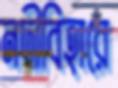
নদীবিহারে